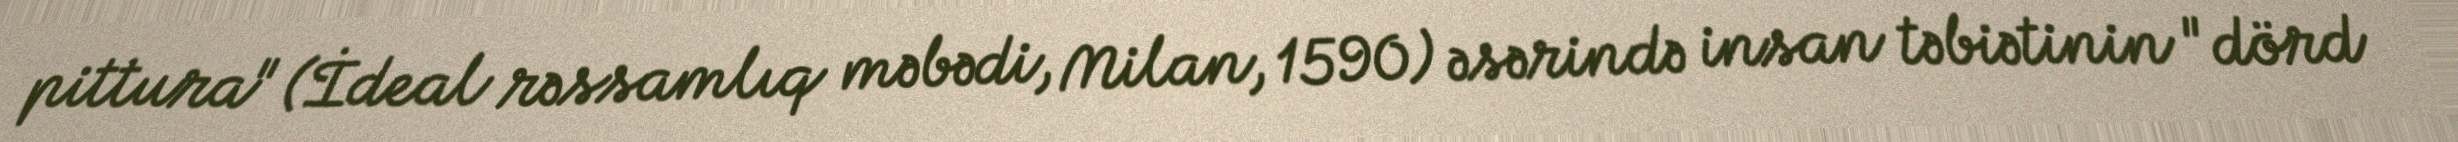
pittura" (İdeal rəssamlıq məbədi, Milan, 1590) əsərində insan təbiətinin "dörd